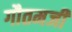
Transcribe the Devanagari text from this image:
गौतमजी